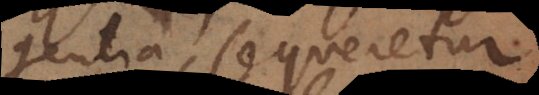
gentia, sequeretur